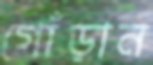
গোঁড়ান